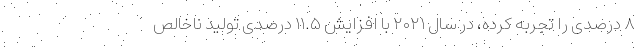
۸ درصدی را تجربه کرده، در سال ۲۰۲۱ با افزایش ۱۱.۵ درصدی تولید ناخالص